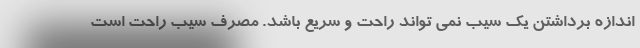
اندازه برداشتن یک سیب نمی تواند راحت و سریع باشد. مصرف سیب راحت است